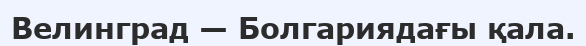
Велинград — Болгариядағы қала.